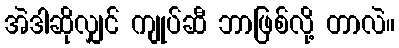
အဲဒါဆိုလျှင် ကျုပ်ဆီ ဘာဖြစ်လို့ တာလဲ။